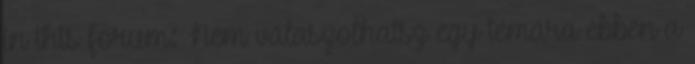
in this forum: Nem válaszolhatsz egy témára ebben a